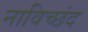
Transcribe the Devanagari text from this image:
नाविच्छंद